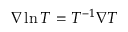
\nabla \ln T = T ^ { - 1 } \nabla T